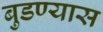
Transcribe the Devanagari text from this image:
बुडण्यास